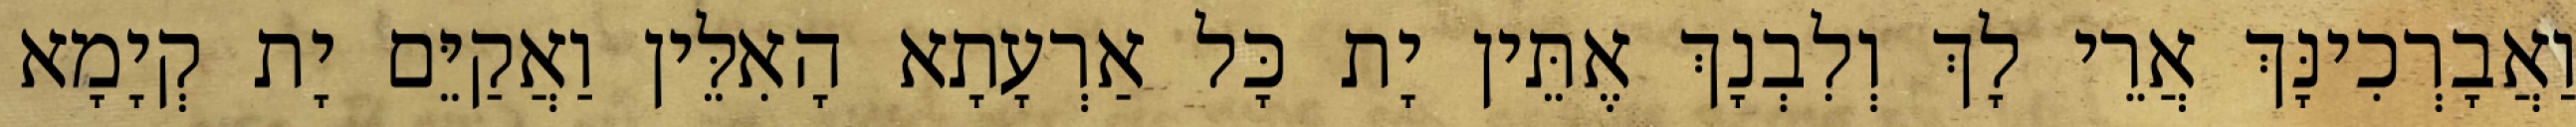
וַאֲבָרְכִינָּךְ אֲרֵי לָךְ וְלִבְנָךְ אֶתֵּין יָת כָּל אַרְעָתָא הָאִלֵּין וַאֲקַיֵּם יָת קְיָמָא